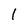
Character: 1